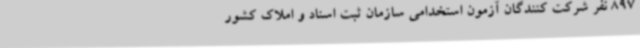
897 نفر شرکت کنندگان آزمون استخدامی سازمان ثبت اسناد و املاک کشور